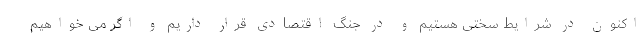
اکنون در شرایط سختی هستیم و در جنگ اقتصادی قرار داریم و اگر می خواهیم